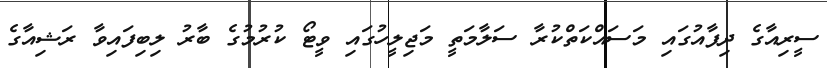
ސީރިއާގެ ދިފާއުގައި މަސައްކަތްކުރާ ސަލާމަތީ މަޖިލީހުގައި ވީޓޯ ކުރުމުގެ ބާރު ލިބިފައިވާ ރަޝިއާގެ